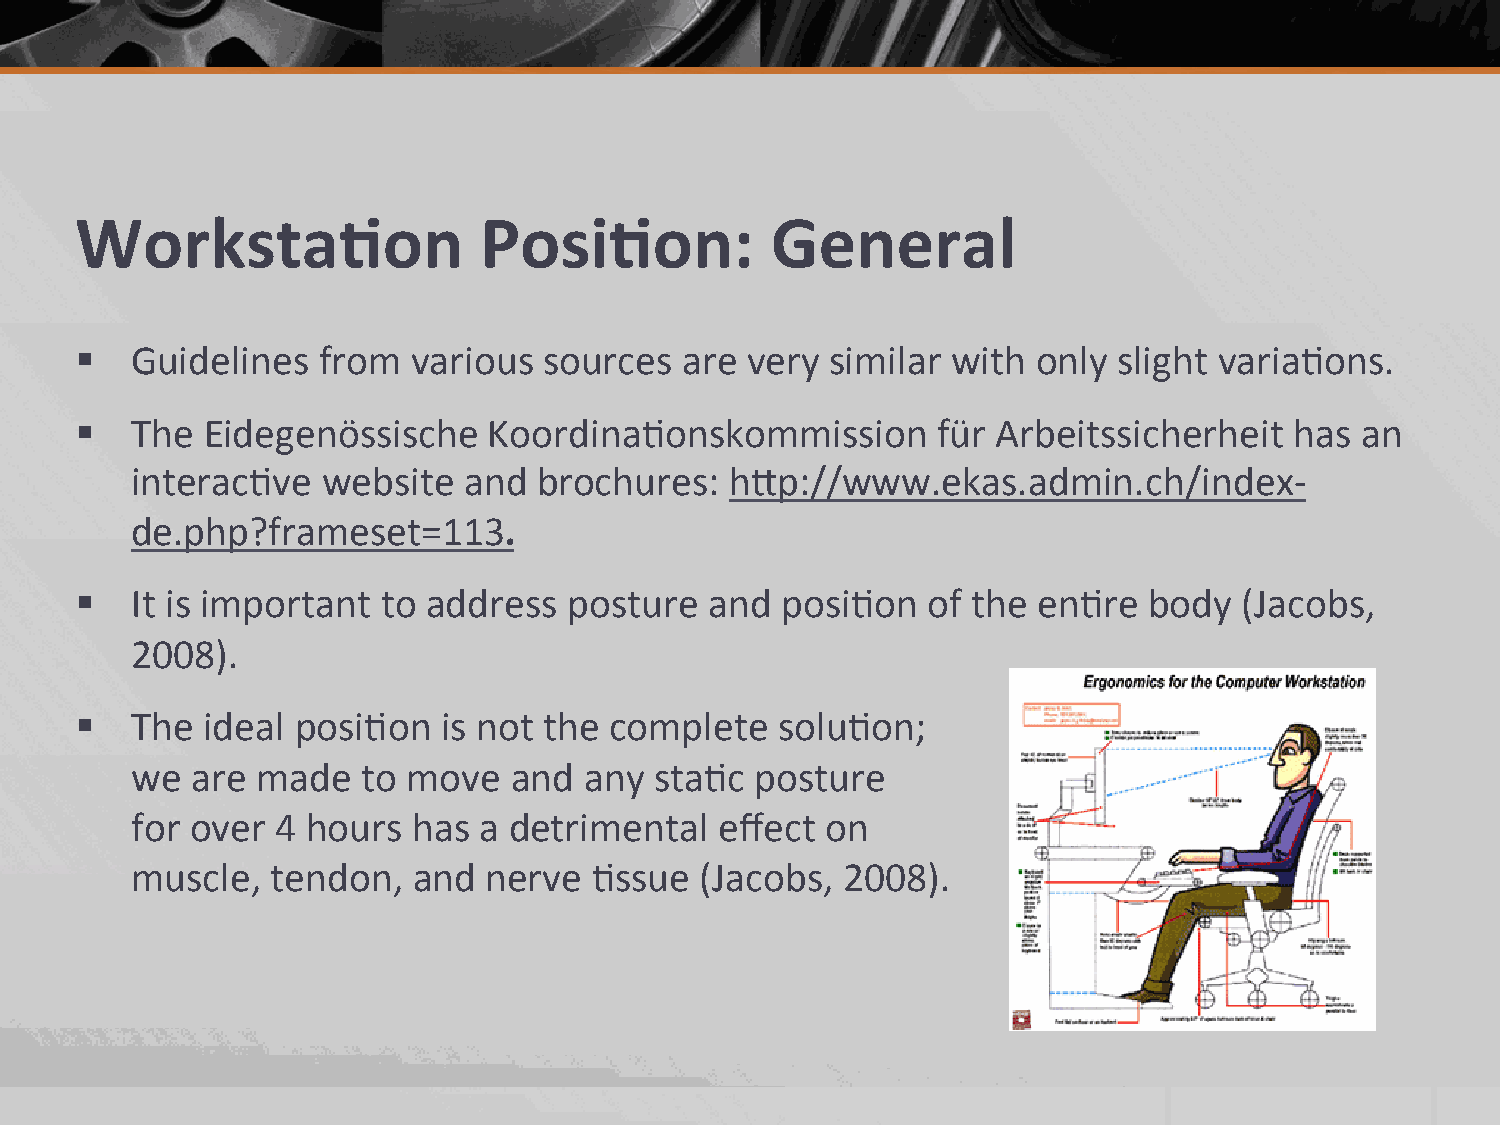
Worksta.on                 Posi.on:           General
 §  Guidelines  from  various  sources  are very  similar with  only slight varia2ons.
 §  The Eidegenössische    Koordina2onskommission        für Arbeitssicherheit   has an
 interac2ve  website   and  brochures:  hbp://www.ekas.admin.ch/index-­‐
 de.php?frameset=113.
 §  It is important to address   posture  and  posi2on  of the  en2re  body  (Jacobs,
 2008).
 §  The ideal  posi2on  is not the complete    solu2on;
 we  are made   to move   and  any sta2c  posture
 for over 4 hours  has  a detrimental   effect on
 muscle,  tendon,  and  nerve  2ssue  (Jacobs,  2008).